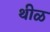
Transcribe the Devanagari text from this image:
थीळ